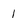
Character: 1